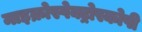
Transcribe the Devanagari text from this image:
माइक्रोस्पेक्ट्रोस्कोपी